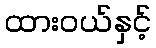
ထားဝယ်နှင့်